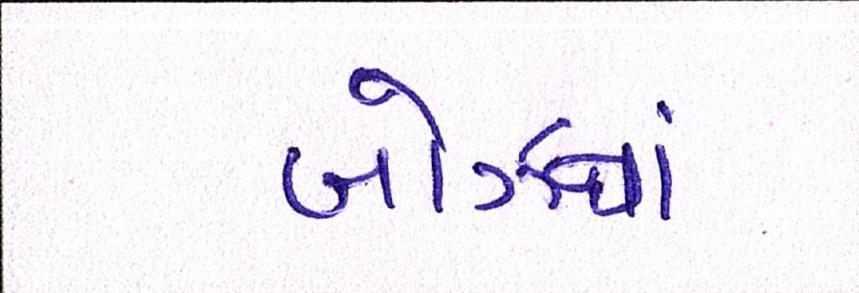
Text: બોઝનાં